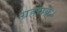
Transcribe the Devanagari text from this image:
ग्रहचक्र।